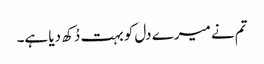
تم نے میرے دل کو بہت دُکھ دیا ہے۔